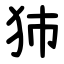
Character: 犻